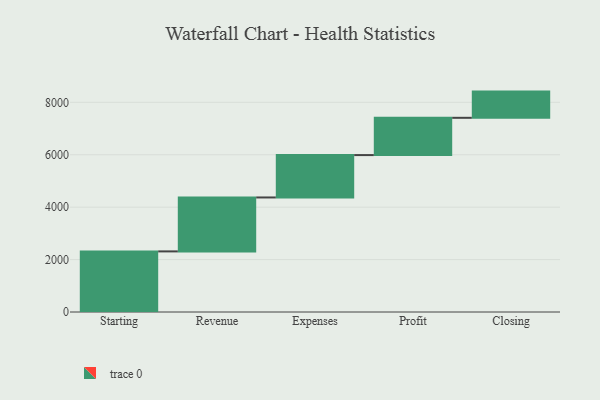
{"axis": {"x": "Step", "y": "Value"}, "legend": [""], "data": [{"x": "Starting", "y": 2312.0, "type": ""}, {"x": "Revenue", "y": 2058.0, "type": ""}, {"x": "Expenses", "y": 1617.0, "type": ""}, {"x": "Profit", "y": 1422.0, "type": ""}, {"x": "Closing", "y": 1000, "type": ""}]}